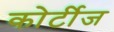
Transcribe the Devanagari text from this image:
कोर्टीज